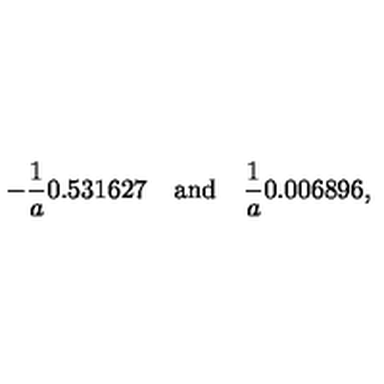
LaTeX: - \frac { 1 } { a } 0 . 5 3 1 6 2 7 \quad \mathrm { a n d } \quad \frac { 1 } { a } 0 . 0 0 6 8 9 6 { , }